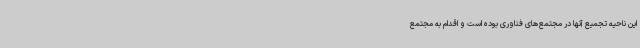
این ناحیه تجمیع آنها در مجتمع‌های فناوری بوده است و اقدام به مجتمع